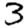
Digit: 3